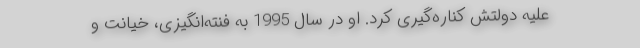
علیه دولتش کناره‌گیری کرد. او در سال 1995 به فنته‌انگیزی، خیانت و